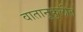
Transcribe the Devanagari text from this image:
वातानूकुलीत